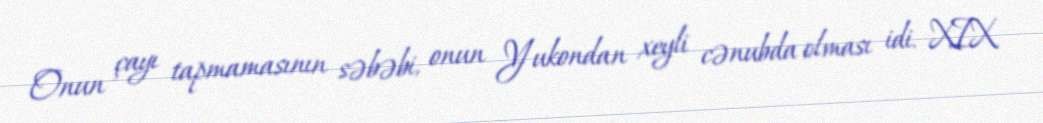
Onun çayı tapmamasının səbəbi, onun Yukondan xeyli cənubda olması idi. XIX